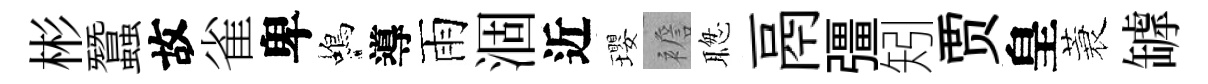
彬蠶故雀卑蝎導雨涸近瓔襜聦鬲彊矧贾皇蓑罅